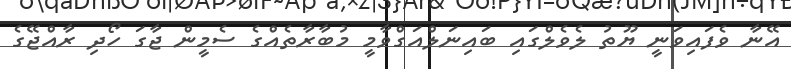
އޭނާ ވެފައިވަނީ ޔޫތު ލެވެލްގައި ބައިނަލްއަގްވާމީ މުބާރާތެއްގެ ސެމީން ޖާގަ ހޯދި ރާއްޖޭގެ